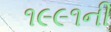
૧૯૯૧ની